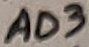
Text: AD3